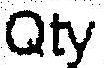
QTY